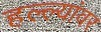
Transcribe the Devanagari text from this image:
हल्ल्यांवर